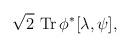
LaTeX: \begin{align*}\sqrt 2 \, \, \hbox{\rm Tr} \, \phi^* [\lambda, \psi],\end{align*}